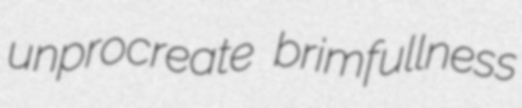
unprocreate brimfullness